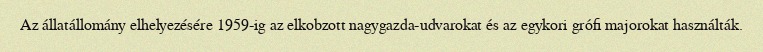
Az állatállomány elhelyezésére 1959-ig az elkobzott nagygazda-udvarokat és az egykori grófi majorokat használták.